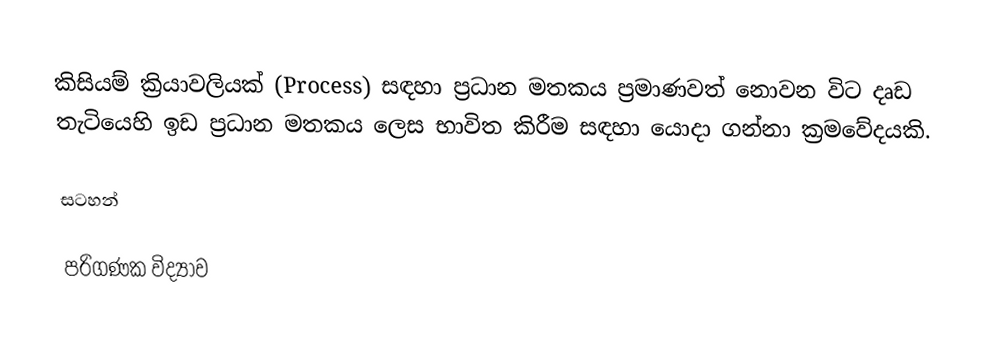
කිසියම් ක්‍රියාවලියක් (Process) සඳහා ප්‍රධාන මතකය ප්‍රමාණවත් නොවන විට දෘඩ තැටියෙහි ඉඩ ප්‍රධාන මතකය ලෙස භාවිත කිරීම සඳහා යොදා ගන්නා ක්‍රමවේදයකි.

සටහන්

පරිගණක විද්‍යාව